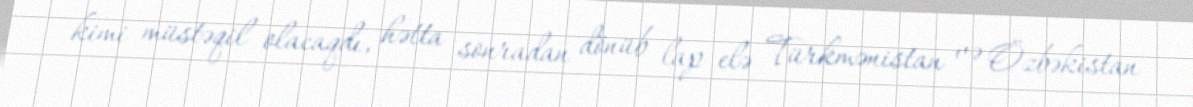
kimi müstəqil olacaqdı, hətta sonradan dönüb lap elə Türkmənistan və Özbəkistan